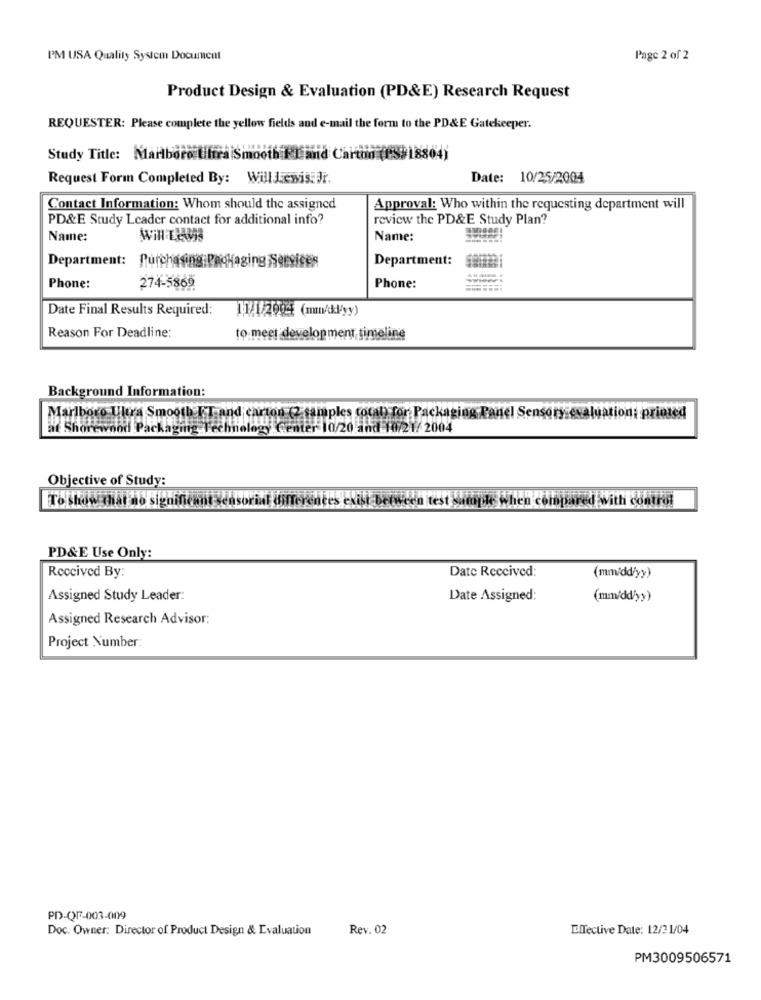
PM USA Quality System Document
Page 2 of 2
Product Design & Evaluation (PD&E) Research Request
REQUESTER: Please complete the yellow fields and e-mail the form to the PD&E Gatekeeper.
Study Title: Marlboro Uittra Smooth FLmid Carton (05#18804)
Request Form Completed By: Will Lewis. Dr.
Date: 10/25/2004
Contact Information: Whom should the assigned
Approval: Who within the requesting department will
PD&E Study Leader contact for additional info?
review the PD&E Study Plan?
Name:
Name:
Department:
Department: Purchasing Packaging Services
Phone:
274-5869
Phone:
Date Final Results Required:
11/4/2904 (mm/kł'yy)
Reason For Deadline:
to meet development timeline
Background Information:
Marlboro Ultra Smooth FT and carton (2 samples total) for Packaging Panel Sensory evaluation; printed
at Shorewood Packaging Technology Center 10/20 and 10/21/ 2004
Objective of Study:
To show That no significant sensorial differences exist between test Sample when compared with control
PD&E Use Only:
Received By:
Date Received:
(mm/dd/yy)
Assigned Study Leader:
Date Assigned:
(mm/dd/yy)
Assigned Research Advisor:
Project Number:
PD-QF-003-009
Doc. Owner: Director of Product Design & Evaluation
Rev. 02
Effective Date: 12/31/04
PM3009506571